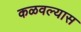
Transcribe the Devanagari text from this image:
कळवल्यास